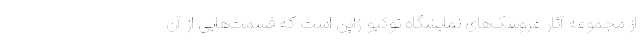
از مجموعه آثار عروسک‌های نمایشگاه توکیو ژاپن است که قسمت‌هایی از آن